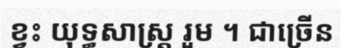
ខ្វះ យុទ្ធសាស្ត្រ រួម ។ ជាច្រើន